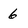
Character: 6